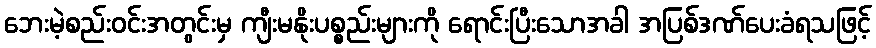
ဘေးမဲ့စည်းဝင်းအတွင်းမှ ကျီးမနိုးပစ္စည်းများကို ရောင်းပြီးသောအခါ အပြစ်ဒဏ်ပေးခံရသဖြင့်